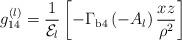
LaTeX: \begin{align*}g_{14}^{(l)}={\displaystyle \frac{1}{{\cal E}_l}}\left[{\displaystyle -\Gamma_{\rm{b4}}\left(-A_l\right)\frac{xz}{\rho^2}}\right]\end{align*}